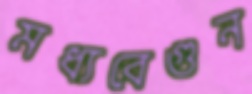
মধ্যবেগুন